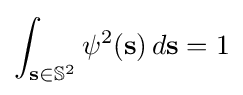
\int _{{\bf {s}}\in {\mathbb {S} }^{2}}\psi ^{2}({\bf {s}})\,d{\bf {s}}=1